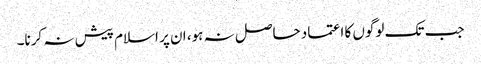
جب تک لوگوں کا اعتماد حاصل نہ ہو، ان پر اسلام پیش نہ کرنا۔